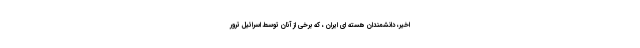
اخیر، دانشمندان هسته ای ایران ، که برخی از آنان توسط اسرائیل ترور